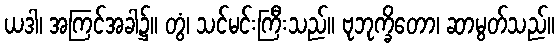
ယဒါ၊ အကြင်အခါ၌။ တွံ၊ သင်မင်းကြီးသည်။ ဗုဘုက္ခိတော၊ ဆာမွတ်သည်။